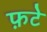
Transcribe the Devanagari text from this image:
फ़टे